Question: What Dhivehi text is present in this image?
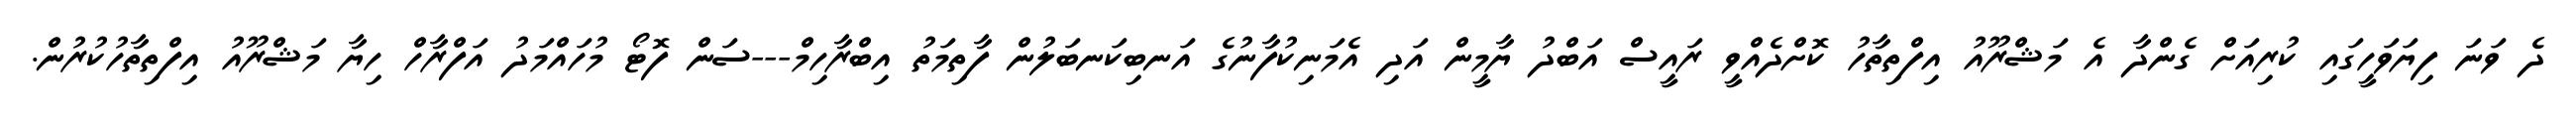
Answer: ދެ ވަނަ ފިޔަވަހީގައި ކުރިއަށް ގެންދާ އެ މަޝްރޫއު އިފްތިތާހު ކޮށްދެއްވީ ރައީސް އަބްދު ޔާމީން އަދި އެމަނިކުފާނުގެ އަނބިކަނބަލުން ފާތިމަތު އިބްރާހިމް---ސަން ފޮޓޯ މުހައްމަދު އަފްރާހް ހިޔާ މަޝްރޫއު އިފްތިތާހުކުރުން.